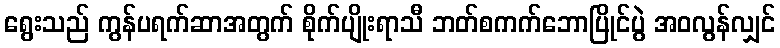
ရွေးသည် ကွန်ပရက်ဆာအတွက် စိုက်ပျိုးရာသီ ဘတ်စကက်ဘောပြိုင်ပွဲ အဝလွန်လျှင်